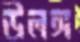
উলঙ্গ